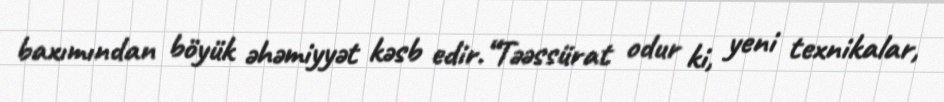
baxımından böyük əhəmiyyət kəsb edir.“Təəssürat odur ki, yeni texnikalar,